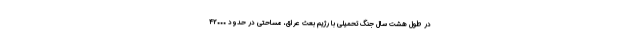
در طول هشت سال جنگ تحمیلی با رژیم بعث عراق، مساحتی در حدود ۴۲۰۰۰